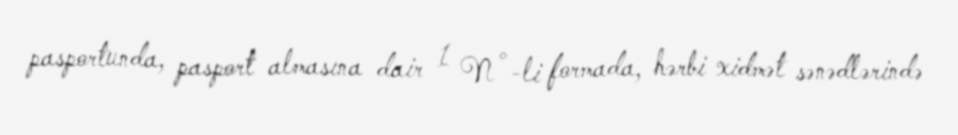
pasportunda, pasport almasına dair 1 N°-li formada, hərbi xidmət sənədlərində